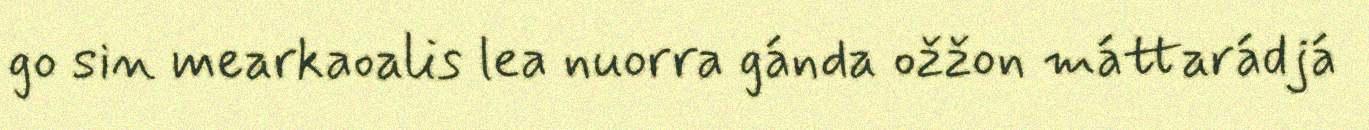
go sin mearkaoalis lea nuorra gánda ožžon máttarádjá